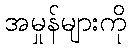
အမှုန်များကို